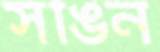
সঙিন